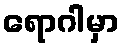
ရောဂါမှာ